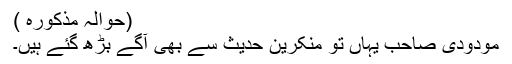
(حوالہ مذکورہ )
مودودی صاحب یہاں تو منکرینِ حدیث سے بھی آگے بڑھ گئے ہیں۔